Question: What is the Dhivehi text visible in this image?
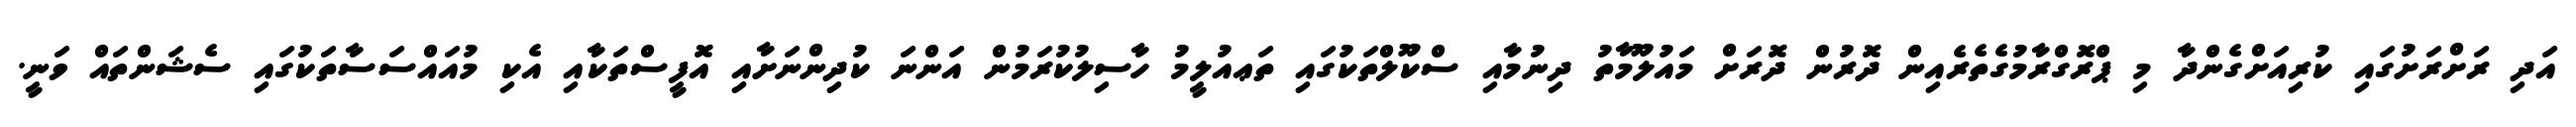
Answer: އަދި ރަށްރަށުގައި ކުރިއަށްގެންދާ މި ޕްރޮގްރާމުގެތެރެއިން ދޮރުން ދޮރަށް މައުލޫމާތު ދިނުމާއި ސްކޫލްތަކުގައި ތަޢއުލީމު ހާސިލުކުރަމުން އަންނަ ކުދިންނަށާއި އޮފީސްތަކާއި އެކި މުއައްސަސާތަކުގައި ސެޝަންތައް ވަނީ.